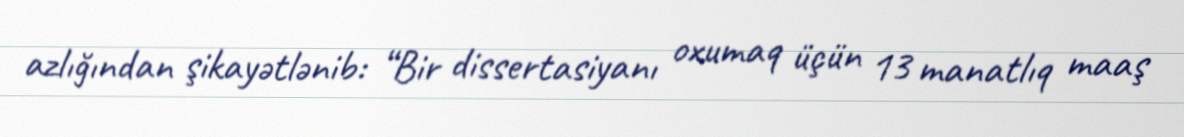
azlığından şikayətlənib: “Bir dissertasiyanı oxumaq üçün 13 manatlıq maaş